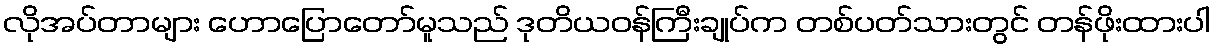
လိုအပ်တာများ ဟောပြောတော်မူသည် ဒုတိယဝန်ကြီးချုပ်က တစ်ပတ်သားတွင် တန်ဖိုးထားပါ